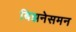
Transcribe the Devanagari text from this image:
बिझनेसमन